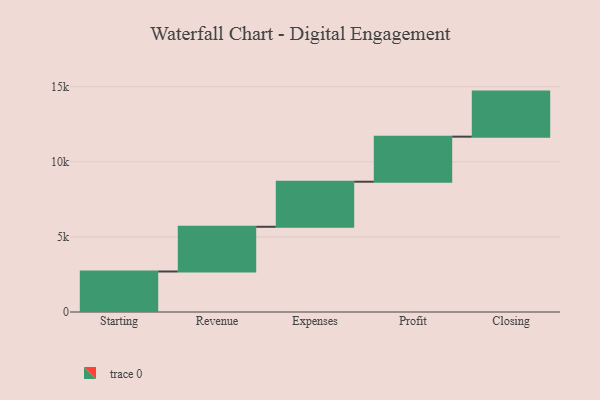
{"axis": {"x": "Step", "y": "Value"}, "legend": [""], "data": [{"x": "Starting", "y": 2697.0, "type": ""}, {"x": "Revenue", "y": 2977.0, "type": ""}, {"x": "Expenses", "y": 3000, "type": ""}, {"x": "Profit", "y": 3000, "type": ""}, {"x": "Closing", "y": 3000, "type": ""}]}